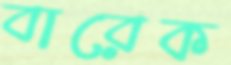
বারেক